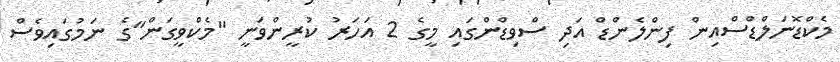
މެކްޑޮނަލްޑްސްއިން ފިންލެންޑް އަދި ސްވިޑްންގައި މީގެ 2 އަހަރު ކުރީންވަނީ "މެކްވީގަން"ގެ ނަމުގައިވެސް